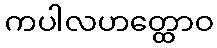
ကပါလဟတ္ထောဝ